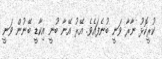
ކުރީކޮޅު ނާރާ ވަނީ ބުނެފައެވެ. އޭރު އޭނާ ބުނީ އިކާޑީ ބޭނުން ވަނީ